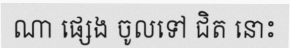
ណា ផ្សេង ចូលទៅ ជិត នោះ